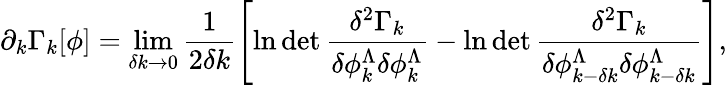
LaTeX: \partial_{k}\Gamma_{k}[\phi]=\operatorname*{lim}_{\delta k\to 0}\frac{1}{2\delta k}\left[\ln\operatorname*{det}\frac{\delta^{2}\Gamma_{k}}{\delta\phi_{k}^{\Lambda}\delta\phi_{k}^{\Lambda}}-\ln\operatorname*{det}\frac{\delta^{2}\Gamma_{k}}{\delta\phi_{k-\delta k}^{\Lambda}\delta\phi_{k-\delta k}^{\Lambda}}\right],